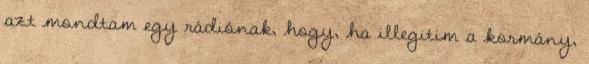
azt mondtam egy rádiónak, hogy, ha illegitim a kormány,